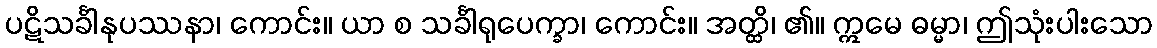
ပဋိသင်္ခါနုပဿနာ၊ ကောင်း။ ယာ စ သင်္ခါရုပေက္ခာ၊ ကောင်း။ အတ္ထိ၊ ၏။ ဣမေ ဓမ္မာ၊ ဤသုံးပါးသော